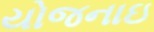
યોજનાઇ